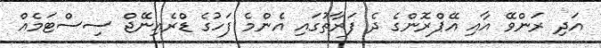
އަދި ރަންވޭ އާއި އޭޕްރޮންގެ ދެ ފަރާތުގައި އެންމެ ފަހުގެ ޑްރެއިނޭޖް ސިސްޓަމެއް